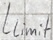
Text: Llimit